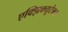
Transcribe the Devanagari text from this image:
एक्झिक्यूटेबल